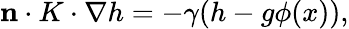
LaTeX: \begin{array}{r}{\mathbf{n}\cdot K\cdot\nabla h=-\gamma(h-g\phi(x)),}\end{array}